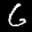
Label: 6